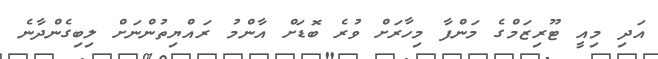
އަދި މިއީ ޓޫރިޒަމްގެ މަންފާ މިހާރަށް ވުރެ ބޮޑަށް އާންމު ރައްޔިތުންނަށް ލިބިގެންދާނެ